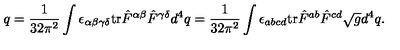
q = \frac 1 { 3 2 \pi ^ { 2 } } \int \epsilon _ { \alpha \beta \gamma \delta } \mathrm { t r } \hat { F } ^ { \alpha \beta } \hat { F } ^ { \gamma \delta } d ^ { 4 } q = \frac 1 { 3 2 \pi ^ { 2 } } \int \epsilon _ { a b c d } \mathrm { t r } \hat { F } ^ { a b } \hat { F } ^ { c d } \sqrt { g } d ^ { 4 } q .